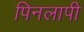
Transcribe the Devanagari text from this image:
पिनलापी